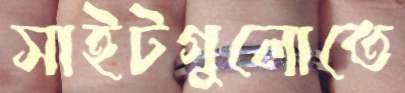
সাইটগুলোতে